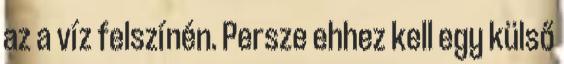
az a víz felszínén. Persze ehhez kell egy külső